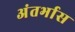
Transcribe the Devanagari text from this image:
अंतर्भास